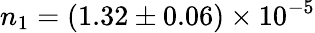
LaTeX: n_{1}=(1.32\pm 0.06)\times 10^{-5}